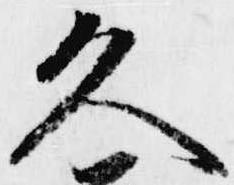
久